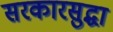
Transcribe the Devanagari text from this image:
सरकारसुद्धा